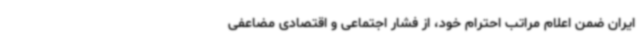
ایران ضمن اعلام مراتب احترام خود، از فشار اجتماعی و اقتصادی مضاعفی